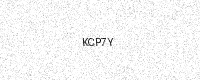
Text: KCP7Y